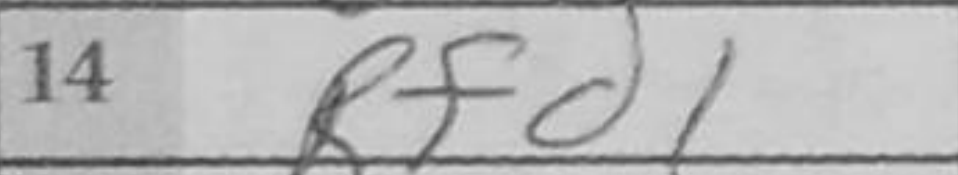
Transcription: Rfd1